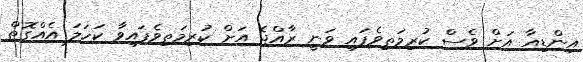
އިންޑިއާ އަށް ވެސް ކުރިމަތިވެފައި ވަނީ ރާއްޖެ އަށް ކުރިމަތިވެފައިވާ ކަހަލަ އެއްގޮތް